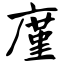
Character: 廑